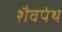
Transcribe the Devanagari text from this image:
शैवपंथ